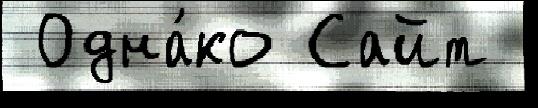
 Одна́ко Сайт